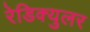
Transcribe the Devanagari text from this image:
रेडिक्युलर